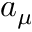
a _ { \mu }